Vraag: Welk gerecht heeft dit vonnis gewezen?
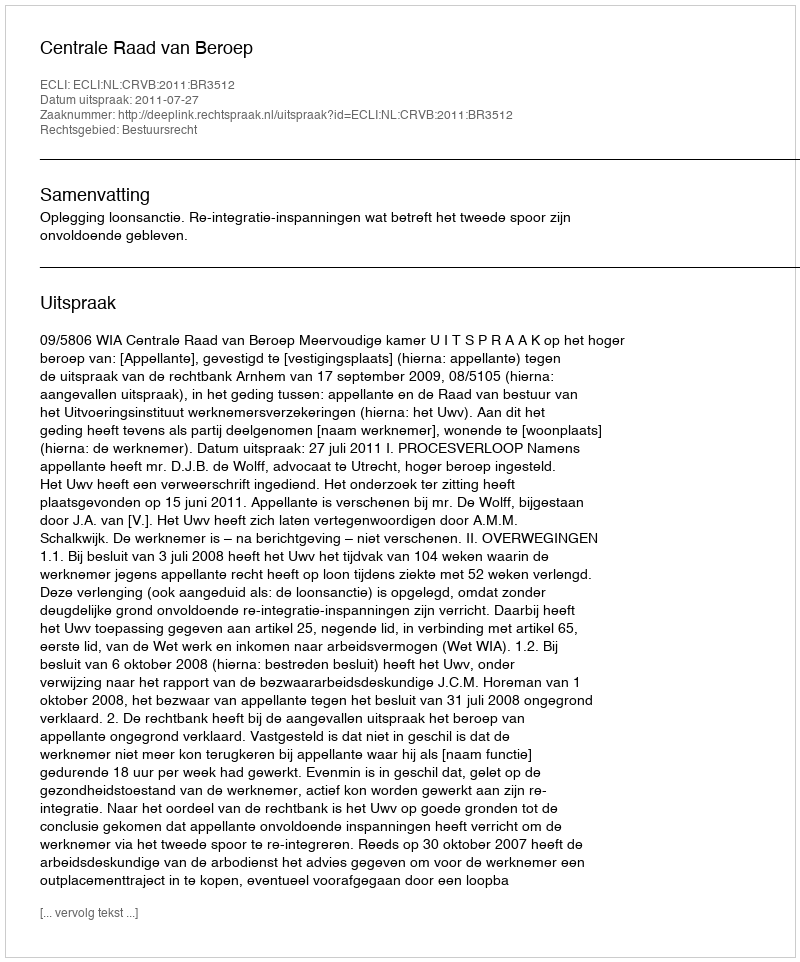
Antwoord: Centrale Raad van Beroep